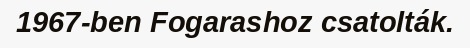
1967-ben Fogarashoz csatolták.